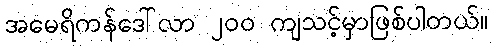
အမေရိကန်ဒေါ်လာ ၂၀၀ ကျသင့်မှာဖြစ်ပါတယ်။